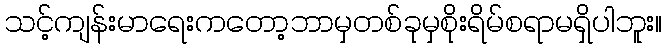
သင့်ကျန်းမာရေးကတော့ဘာမှတစ်ခုမှစိုးရိမ်စရာမရှိပါဘူး။